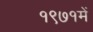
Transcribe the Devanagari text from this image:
१९७१में